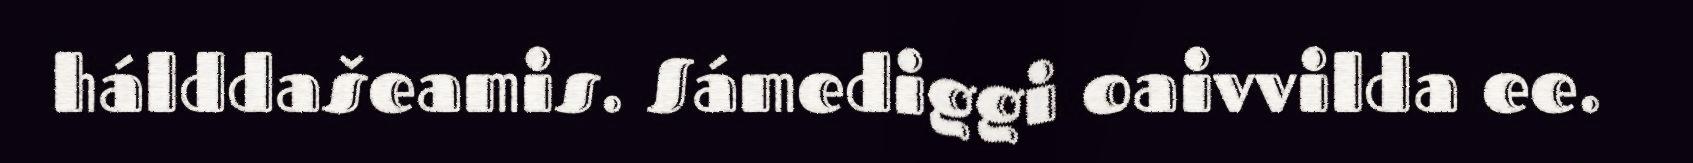
hálddašeamis. Sámediggi oaivvilda ee.